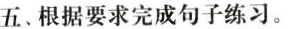
五、根据要求完成句子练习。